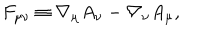
LaTeX: F _ { \mu \nu } \equiv \nabla _ { \mu } A _ { \nu } - \nabla _ { \nu } A _ { \mu } ,